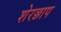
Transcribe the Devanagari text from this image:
शेरछाप